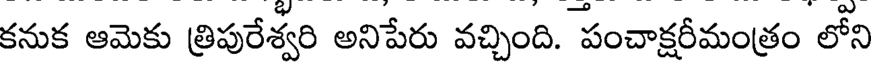
కనుక ఆమెకు త్రిపురేశ్వరి అనిపేరు వచ్చింది. పంచాక్షరీమంత్రం లోని